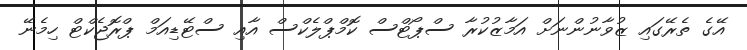
އޭގެ ތެރޭގައި ޒުވާނުންނަށް އަމާޒުކުރާ ސްޕޯޓްސް ކޮމްޕްލެކްސް އާއި ސްޓޭޑިއަމް ޕްރޮޖެކްޓް ހިމެނޭ